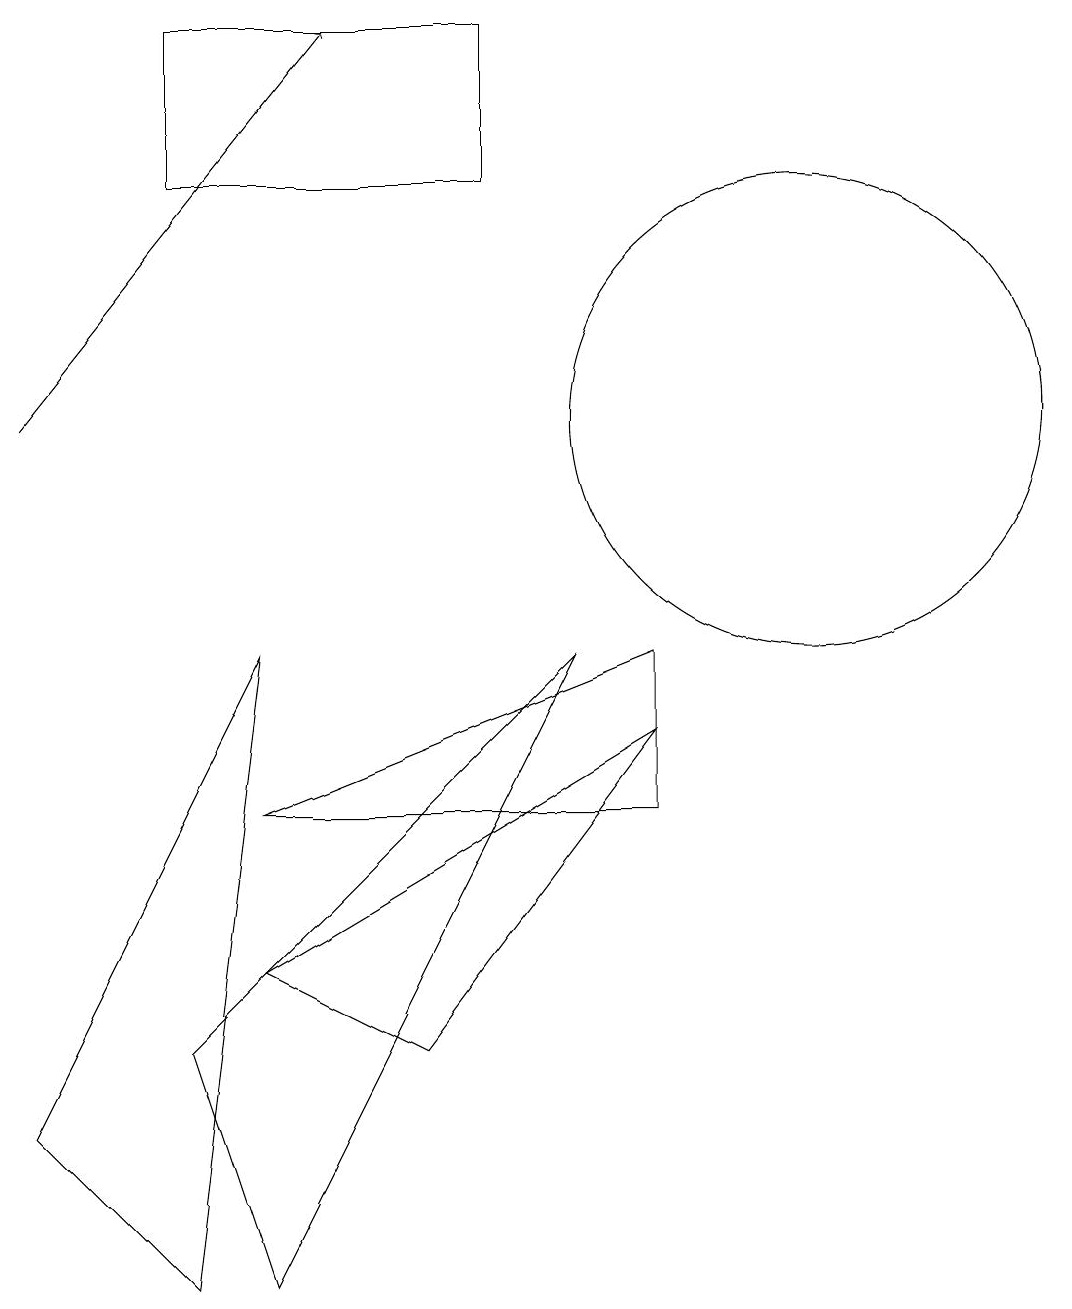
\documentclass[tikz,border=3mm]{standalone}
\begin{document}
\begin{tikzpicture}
\draw (5,3) -- (3,4) -- (8,7) -- cycle;
\draw (8,8) -- (3,6) -- (8,6) -- cycle;
\draw (7,8) -- (3,0) -- (2,3) -- cycle;
\draw (0,2) -- (3,8) -- (2,0) -- cycle;
\draw[->] (0,11) -- (4,16);
\draw (10,11) circle (3);
\draw (2,14) rectangle (6,16);
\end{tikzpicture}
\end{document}